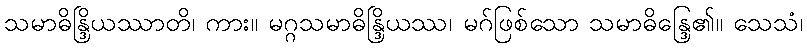
သမာဓိန္ဒြိယဿာတိ၊ ကား။ မဂ္ဂသမာဓိန္ဒြိယဿ၊ မဂ်ဖြစ်သော သမာဓိန္ဒြေ၏။ သေသံ၊